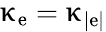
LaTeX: \upkappa_{\mathrm{e}}=\upkappa_{|\mathrm{e}|}